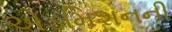
એડમિશનની